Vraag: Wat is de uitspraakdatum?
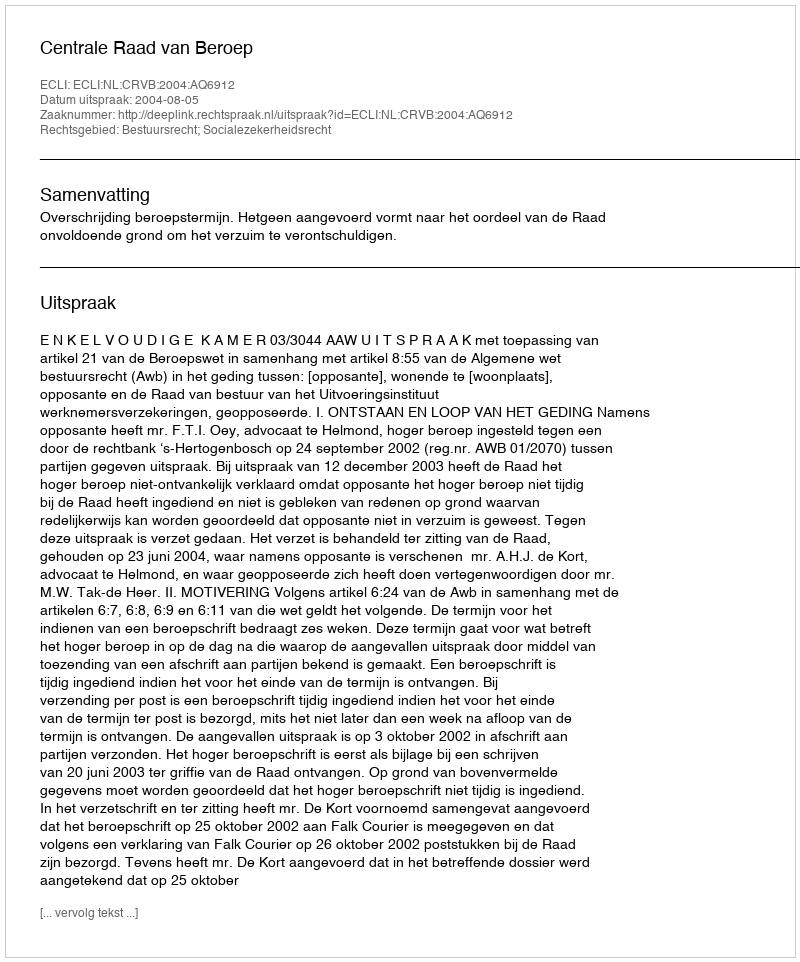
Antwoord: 2004-08-05